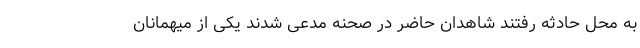
به محل حادثه رفتند شاهدان حاضر در صحنه مدعی شدند یکی از میهمانان